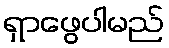
ရှာဖွေပါမည်